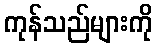
ကုန်သည်များကို